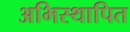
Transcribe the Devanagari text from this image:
अभिस्थापित